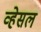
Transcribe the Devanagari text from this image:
व्हेसल